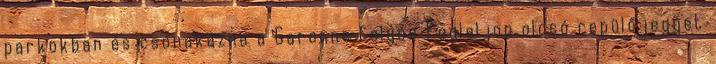
parkokban és csónakázna a Garonne folyón Foglaljon olcsó repülőjegyet